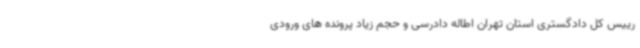
رییس کل دادگستری استان تهران اطاله دادرسی و حجم زیاد پرونده های ورودی